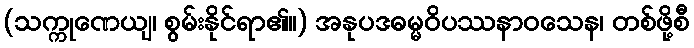
(သက္ကုဏေယျ၊ စွမ်းနိုင်ရာ၏။) အနုပဒဓမ္မဝိပဿနာဝသေန၊ တစ်ဖို့စီ